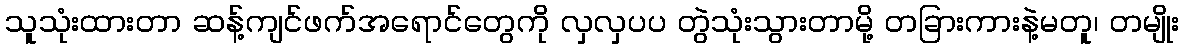
သူသုံးထားတာ ဆန့်ကျင်ဖက်အရောင်တွေကို လှလှပပ တွဲသုံးသွားတာမို့ တခြားကားနဲ့မတူ၊ တမျိုး